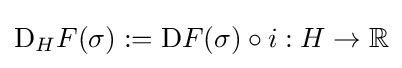
\mathrm {D} _{H}F(\sigma ):=\mathrm {D} F(\sigma )\circ i:H\to \mathbb {R}